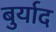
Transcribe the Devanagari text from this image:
बुर्याद